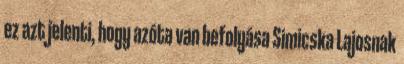
ez azt jelenti, hogy azóta van befolyása Simicska Lajosnak